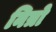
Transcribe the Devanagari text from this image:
नित्रो